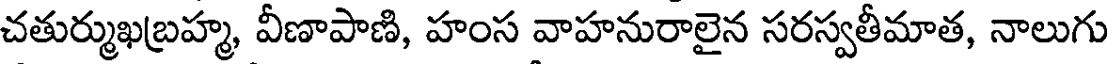
చతుర్ముఖబ్రహ్మ, వీణాపాణి, హంస వాహనురాలైన సరస్వతీమాత, నాలుగు